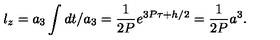
l _ { z } = a _ { 3 } \int d t / a _ { 3 } = \frac { 1 } { 2 P } e ^ { 3 P \tau + h / 2 } = \frac { 1 } { 2 P } a ^ { 3 } .